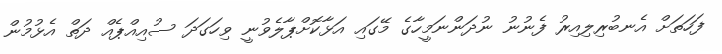
ފަހަތަށް އެނބުރިލިއިރު ފެނުނު ނުދަންނަމީހާގެ މޭގައި އަޅާކޮށްޕާލެވުނީ ވިހަގަދަ ސުއިއްޕެއް ދަތް އެޅުމުން